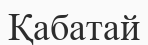
Қабатай